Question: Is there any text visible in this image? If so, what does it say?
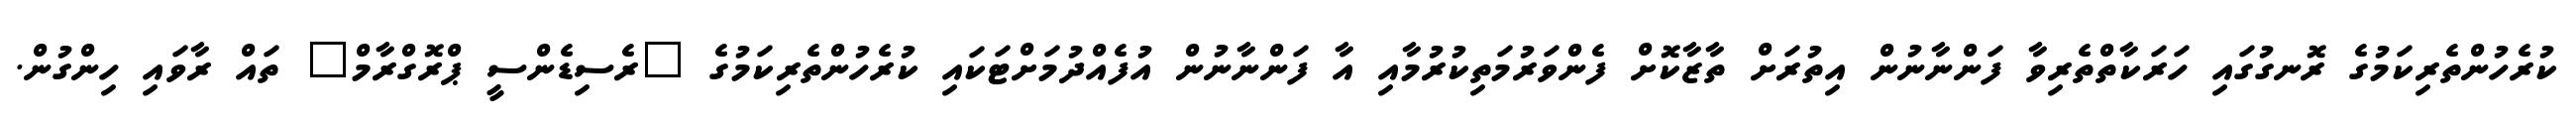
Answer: ކުރެހުންތެރިކަމުގެ ރޮނގުގައި ހަރަކާތްތެރިވާ ފަންނާނުން އިތުރަށް ތާޒާކޮށް ފެންވަރުމަތިކުރުމާއި އާ ފަންނާނުން އުފެއްދުމަށްޓަކައި ކުރެހުންތެރިކަމުގެ "ރެސިޑެންސީ ޕްރޮގްރާމް" ތައް ރާވައި ހިންގުން.